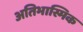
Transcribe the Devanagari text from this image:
अतिभास्मिक